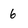
Character: 6